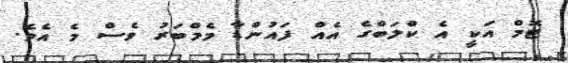
ޓޮމް އަކީ އެ ކްލަބްގެ އެއް ފައުންޑާ މެމްބަރު ވެސް މެ އެވެ.